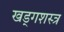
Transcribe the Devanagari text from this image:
खड्गशस्त्र